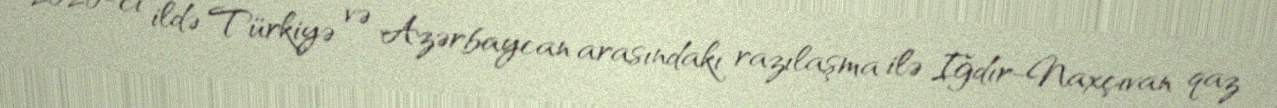
2020-ci ildə Türkiyə və Azərbaycan arasındakı razılaşma ilə Iğdır-Naxçıvan qaz